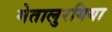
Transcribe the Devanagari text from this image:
मेतालुरगिया